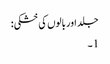
جلد اور بالوں کی خشکی:
1۔